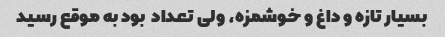
بسیار تازه و داغ و خوشمزه، ولی تعداد  بود به موقع رسید